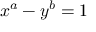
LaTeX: x ^ { a } - y ^ { b } = 1